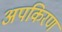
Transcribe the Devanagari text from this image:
अपकिरण